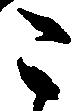
こ